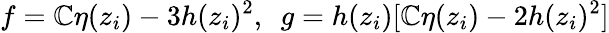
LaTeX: f=\mathbb{C}\eta(z_{i})-3h(z_{i})^{2},~~g=h(z_{i})[\mathbb{C}\eta(z_{i})-2h(z_{i})^{2}]